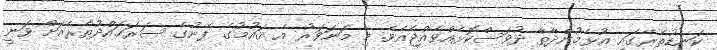
ކަނޑުތެރޭގައި އުޅެމުންދާތާ ދުވަސްކޮޅެއްވެއްޖެއެވެ. މި މަނަވަރު އެ ޤައުމުގެ ފެނުގެ ސަރަޙައްދުތެރެއަށް ވަނީ